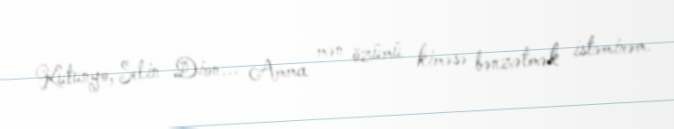
Kutunyo, Selin Dion... Amma mən özümü kiməsə bənzətmək istəmirəm.